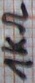
Text: 1kΩ